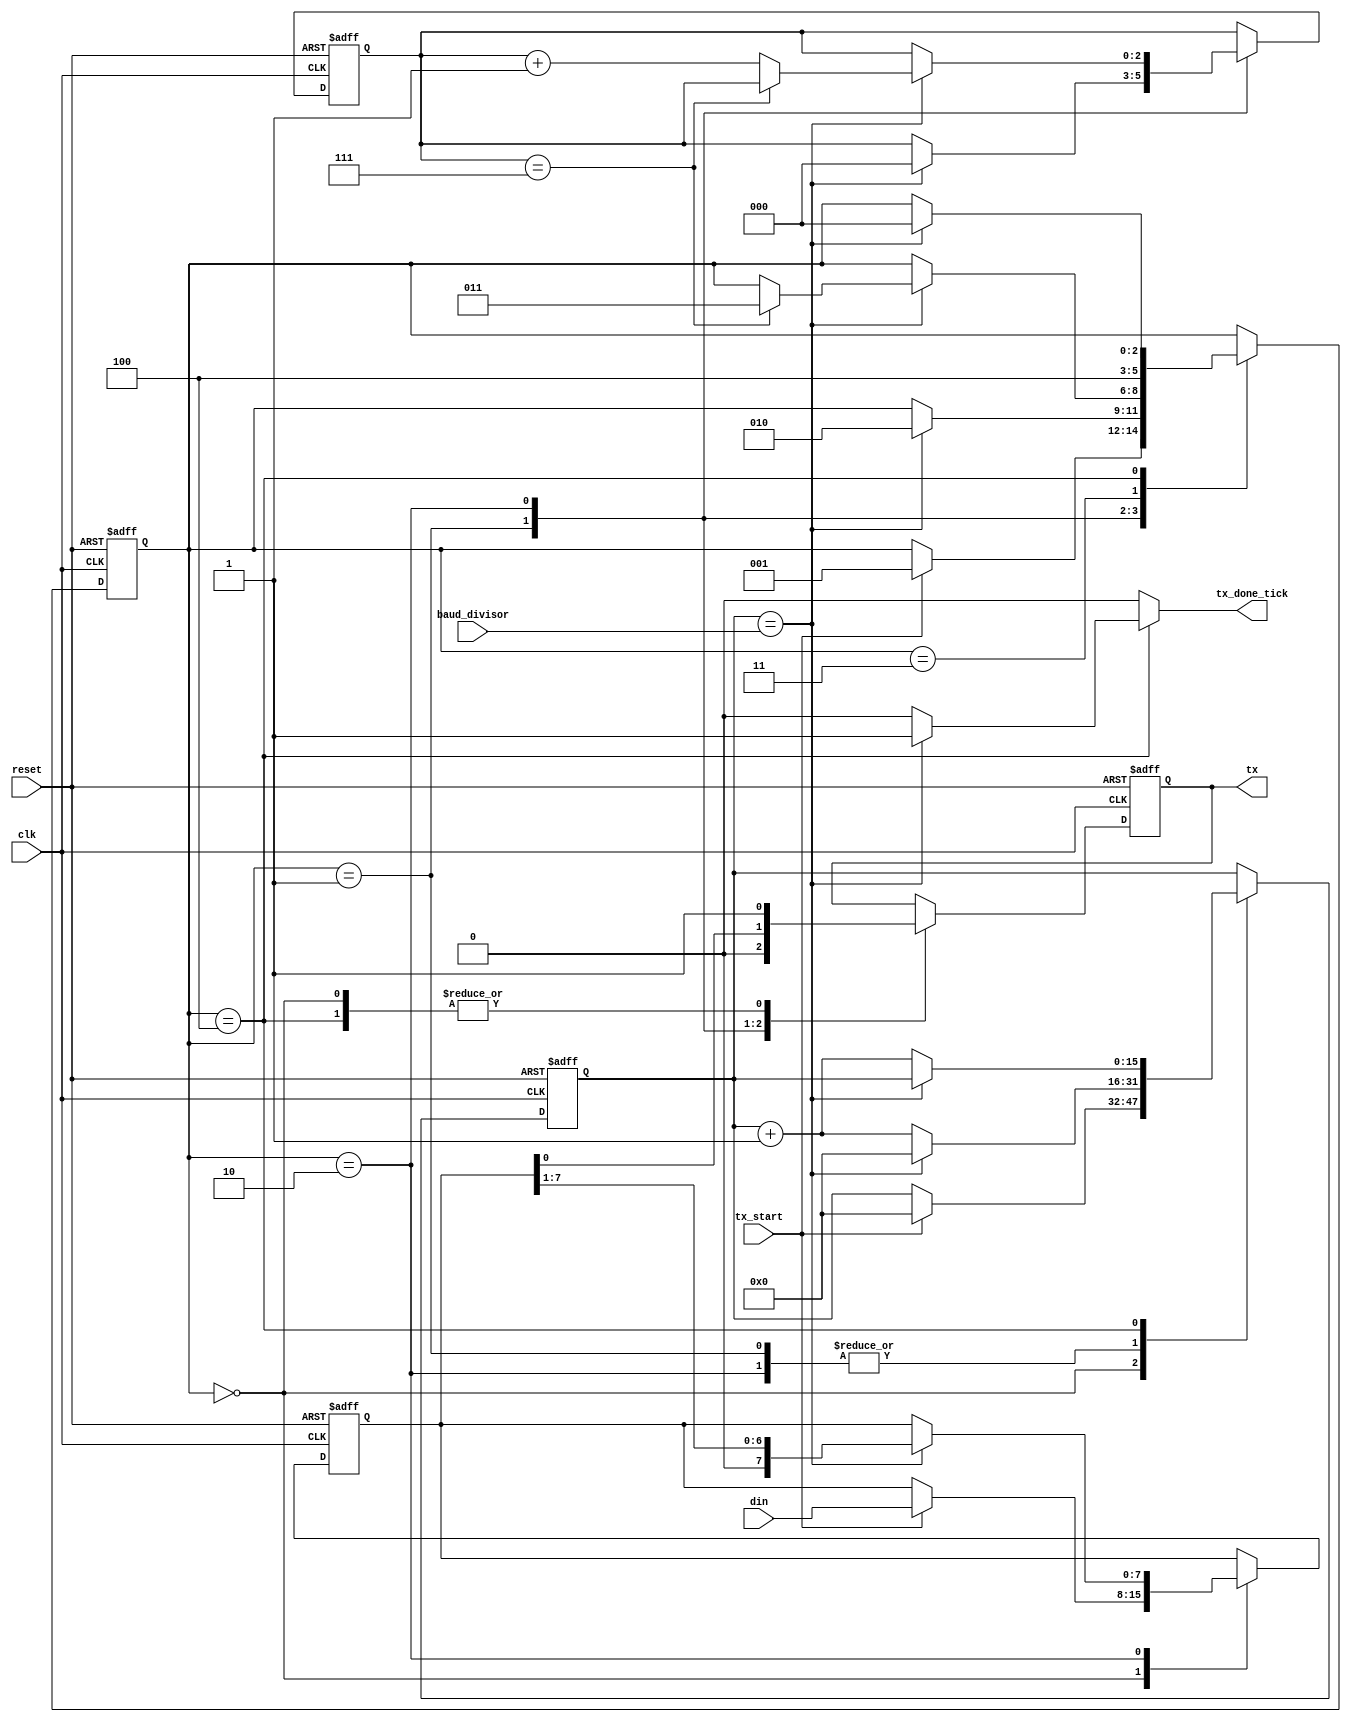
//==========================================================================
// Module name : uart_tx.v
// Change Log  :
//      - V1.0: Write Basic UART TX Controller (5/2018)
//
// Description: 
// 1. Overview: This file contains the UART Transmitter Controller
//
// 2.Features:
//  - Data Bit: 5,6,7,8 (configurable)
//  - Stop Bit: 1, 1.5, 2 (configurable)
//===================================================================================
// Module Declaration
//===================================================================================
`timescale 1 ns / 1 ps

module uart_tx
   #(
     parameter [3:0] DATA_BIT           = 8,                  // # data bits
     parameter [1:0] PARITY_BIT         = 0,                  // 00,01 <=> NONE, 11 <=> Odd, 10 <=> Even
     parameter [1:0] STOP_BIT           = 0,                  // 0 <=> 1 bit, 1 <=> 1,5 bit, 2 <=> 2 bit
     parameter [3:0] DATA_BIT_IN        = 8                   // # data bits out
   )
   (
    input wire                            clk,                // system clock
    input wire                            reset,              // system reset (active high)
    input wire  [15: 0]                   baud_divisor,       // baud_divisor
    input wire                            tx_start,           // indicates that CPU writes new data
    input wire  [DATA_BIT_IN - 1:0]       din,                // TX Data bits
    output reg                            tx_done_tick,       // Indicate TX Controller trasmits enough data (start,datas,stop,parity)
    output wire                           tx
   );

   // symbolic state declaration
   localparam [2:0]
      IDLE            = 3'd0,
      START           = 3'd1,
      DATA            = 3'd2,
      PARITY          = 3'd3,      
      STOP            = 3'd4;



//===================================================================================
// Wire/Register Declaration
//=================================================================================== 
   // signal declaration
    reg [2:0]             state_reg, state_next;   // state machine regiters
    reg [15:0]            s_reg, s_next;           // baud rate count regiters
    reg [2:0]             n_reg, n_next;           // data bit count regiters
    reg [DATA_BIT - 1:0]  b_reg, b_next;           // TX byte shift regiters
    reg                   tx_reg, tx_next;         // TX bit regiters
    reg                   p_reg, p_next;           // Parity regiters
    

    reg  [15: 0]          stop_bit_div;
    wire [15: 0]          haft_baud_div;
    wire [15: 0]          quart_baud_div;

//===================================================================================
// body
//===================================================================================
assign haft_baud_div   = {1'b0, baud_divisor[15:1]};
assign quart_baud_div  = {2'b00,baud_divisor[15:2]};

// Calculate the stop bit divisor

// Multiplication is a complicated operation and synthesis of the multiplication 
// operator *  depends on synthesis software and target device technology, so we use 
// shift and + operation to calculate stop bit value
//   assign stop_bit_status   = STOP_BIT;
//    assign parity_bit_status = PARITY_BIT;
                       
   always @(baud_divisor,quart_baud_div,haft_baud_div)
       case (STOP_BIT)
           2'b00: stop_bit_div = baud_divisor;                  // 1   Stop Bit
           2'b01: stop_bit_div = baud_divisor + haft_baud_div; // 1.5 Stop Bit
           2'b10: stop_bit_div = {baud_divisor[14:0],1'b0};    // 2   Stop Bit
           2'b11: stop_bit_div = baud_divisor;
       endcase                           
//-----------------------------------------------------------------------------------
// FSMD state & data registers
//-----------------------------------------------------------------------------------
    always @(posedge clk, posedge reset)
       if (reset)
          begin
            state_reg <= IDLE;
            s_reg     <= 0;
            n_reg     <= 0;
            b_reg     <= 0;
            tx_reg    <= 1'b1; // in IDLE state: TXD signal = 1  
            p_reg     <= 0;
          end
       else
          begin
            state_reg <= state_next;
            s_reg     <= s_next;
            n_reg     <= n_next;
            b_reg     <= b_next;
            tx_reg    <= tx_next;
            p_reg     <= p_next;
          end
//- ----------------------------------------------------------------------------------
//  FSMD next-state logic & functional units
//- ----------------------------------------------------------------------------------
    always @*
    begin
        state_next   = state_reg;
        tx_done_tick = 1'b0;
        s_next       = s_reg;
        n_next       = n_reg;
        b_next       = b_reg;
        tx_next      = tx_reg;
        p_next       = p_reg;
        case (state_reg)
        IDLE:                      
            begin
                tx_next = 1'b1;                        // IDLE: TXD = 1, 
                if (tx_start)                          // if having new data (tx_start = 1), change to "START state"
                    begin
                        state_next = START;
                        s_next = 0;
                        b_next = din[DATA_BIT-1:0];    // copy TX data to b register
                        p_next = ^din[DATA_BIT-1:0]; 
                    end                                
            end                                        
        START:                                         // START: TXD = 0
           begin                                       
                tx_next = 1'b0;                        
                if (s_reg == baud_divisor)             // when s counter = baud_divisor, changes to "data state"
                    begin                          
                        state_next = DATA;         
                        s_next = 0;                
                        n_next = 0;                
                    end                            
                else                               
                    s_next = s_reg + 1;            
           end                                         
        DATA:                                          
            begin                                      
                tx_next = b_reg[0];                    // DATA: TXD = LSB of Data In (UART Standard)
                if (s_reg== baud_divisor)              // when s counter = baud_divisor, shift to new data
                    begin                              
                        s_next = 0;                    
                        b_next = b_reg >> 1;           
                        if (n_reg == (DATA_BIT-1))     // when TX controller transmits all data, change to "stop state"
                            state_next = PARITY;
                        else
                            n_next = n_reg + 1;
                    end
                else
                    s_next = s_reg + 1;
            end
        PARITY:
            begin
                if (PARITY_BIT[1] == 0)                // Parity Bit = None
                    state_next = STOP;                 
                else                                   
                    begin                              
                        if (PARITY_BIT[0] == 0)        // Parity Bit = Even
                            tx_next = p_reg;
                        else                           // Parity Bit = Odd
                            tx_next = ~p_reg;
                            
                        if (s_reg== baud_divisor)
                            begin
                                state_next = STOP;
                                s_next = 0;
                            end
                        else
                            s_next = s_reg + 1;
                    end
              end
        STOP:  
           begin
                tx_next = 1'b1;                        //STOP: TXD signal = 1
                    if (s_reg == stop_bit_div)      
                        begin                           
                            state_next = IDLE;         // when counter = baud_divisor, tx_done_tick = 1
                            tx_done_tick = 1'b1;       // and change to "IDLE state"
                        end
                    else
                        s_next = s_reg + 1;
           end
        endcase
    end
    // output
    assign tx = tx_reg;

endmodule